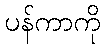
ပန်ကာကို